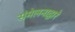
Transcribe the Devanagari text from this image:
संमेलनाद्वारे